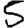
Digit: 5